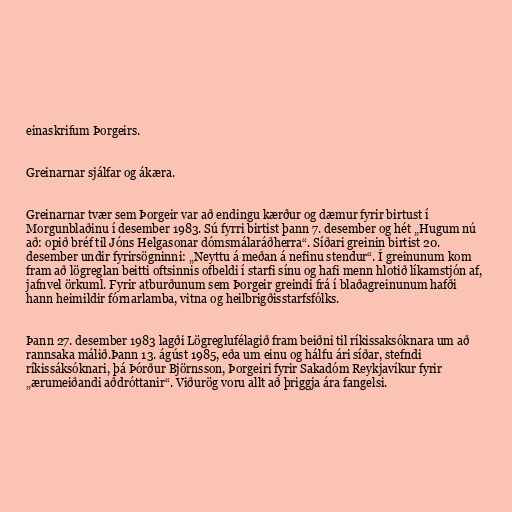
einaskrifum Þorgeirs.

Greinarnar sjálfar og ákæra.

Greinarnar tvær sem Þorgeir var að endingu kærður og dæmur fyrir birtust í
Morgunblaðinu í desember 1983. Sú fyrri birtist þann 7. desember og hét „Hugum nú
að: opið bréf til Jóns Helgasonar dómsmálaráðherra“. Síðari greinin birtist 20.
desember undir fyrirsögninni: „Neyttu á meðan á nefinu stendur“. Í greinunum kom
fram að lögreglan beitti oftsinnis ofbeldi í starfi sínu og hafi menn hlotið líkamstjón af,
jafnvel örkuml. Fyrir atburðunum sem Þorgeir greindi frá í blaðagreinunum hafði
hann heimildir fórnarlamba, vitna og heilbrigðisstarfsfólks.

Þann 27. desember 1983 lagði Lögreglufélagið fram beiðni til ríkissaksóknara um að
rannsaka málið.Þann 13. ágúst 1985, eða um einu og hálfu ári síðar, stefndi
ríkissáksóknari, þá Þórður Björnsson, Þorgeiri fyrir Sakadóm Reykjavíkur fyrir
„ærumeiðandi aðdróttanir“. Viðurög voru allt að þriggja ára fangelsi.